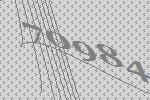
70984